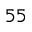
^ { 5 5 }